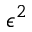
\epsilon ^ { 2 }